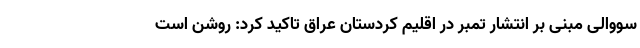
سووالی مبنی بر انتشار تمبر در اقلیم کردستان عراق تاکید کرد: روشن است